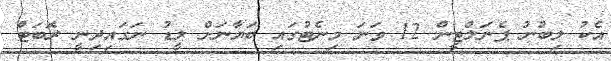
އެކު ލިބުނު ޕެނަލްޓީން 12 ވަނަ މިނެޓުގައި ބަޔާނަށް ލީޑު ނަގައިދިނީ ރޮބަޓް